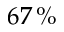
6 7 \, \%